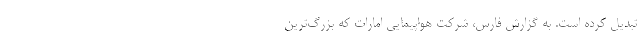
تبدیل کرده است. به گزارش فارس، شرکت هواپیمایی امارات که بزرگ‌ترین